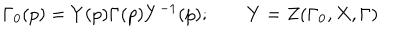
LaTeX: \Gamma _ { 0 } ( p ) = Y ( p ) \Gamma ( p ) Y ^ { - 1 } ( p ) ; \qquad Y = Z ( \Gamma _ { 0 } , X , \Gamma )